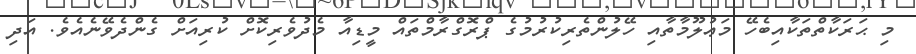
މި ޙަރަކާތްތަކާއިބެހޭ މަޢުލޫމާތާއި ހޭލުންތެރިކުރުމުގެ ޕްރޮގްރާމްތައް މީޑިއާ މެދުވެރިކޮށް ކުރިއަށް ގެންދެވޭނެއެވެ. އަދި